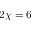
2 \chi = 6